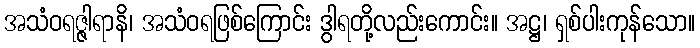
အသံဝရဇ္ဇါရာနိ၊ အသံဝရဖြစ်ကြောင်း ဒွါရတို့လည်းကောင်း။ အဋ္ဌ၊ ရှစ်ပါးကုန်သော။